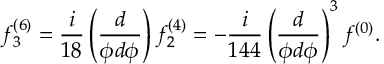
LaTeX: f _ { 3 } ^ { ( 6 ) } = \frac { i } { 1 8 } \left( \frac { d } { \phi d \phi } \right) f _ { 2 } ^ { ( 4 ) } = - \frac { i } { 1 4 4 } \left( \frac { d } { \phi d \phi } \right) ^ { 3 } f ^ { ( 0 ) } .